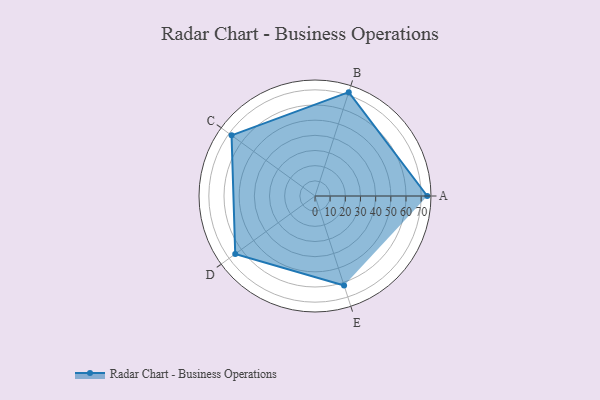
{"axis": {"x": "Skill", "y": "Score"}, "legend": ["Profile"], "data": [{"x": "A", "y": 74.0, "type": "Profile"}, {"x": "B", "y": 72.0, "type": "Profile"}, {"x": "C", "y": 68.0, "type": "Profile"}, {"x": "D", "y": 65.0, "type": "Profile"}, {"x": "E", "y": 62.0, "type": "Profile"}]}